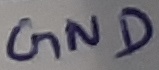
Text: GND